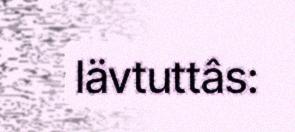
Iävtuttâs: